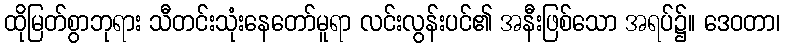
ထိုမြတ်စွာဘုရား သီတင်းသုံးနေတော်မူရာ လင်းလွန်းပင်၏ အနီးဖြစ်သော အရပ်၌။ ဒေဝတာ၊